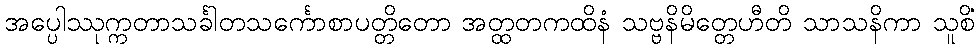
အပ္ပေါဿုက္ကတာသင်္ခါတသင်္ကောစာပတ္တိတော အတ္ထတကထိနံ သဗ္ဗနိမိတ္တေဟီတိ သာသနိကာ သူစိံ